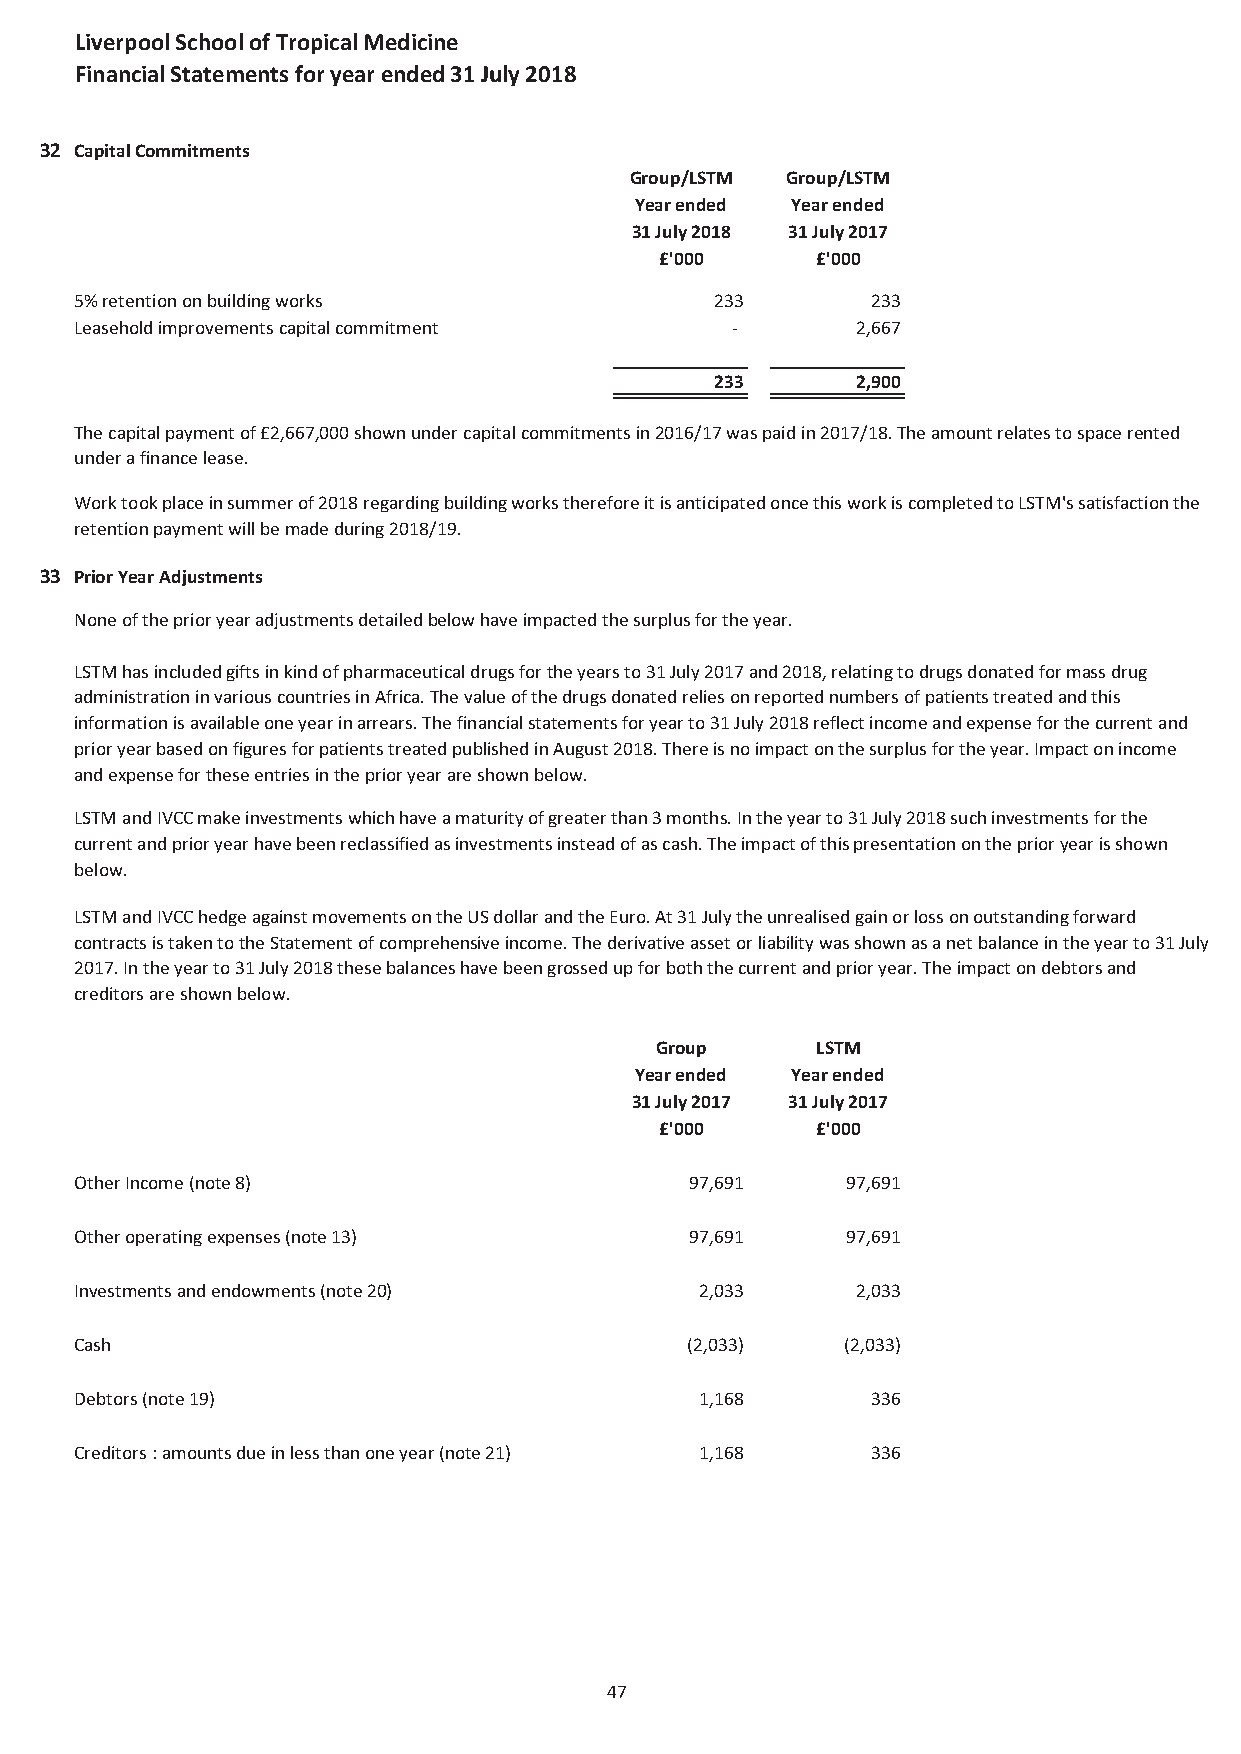
Liverpool School of Tropical Medicine
 Financial Statements for year ended 31 July 2018
 32 Capital Commitments
 Group/LSTM Group/LSTM
 Year ended Year ended
 31 July 2018 31 July 2017
 £'000     £'000
 5% retention on building works            233        233
 Leasehold improvements capital commitment  -        2,667
 233       2,900
 The capital payment of £2,667,000 shown under capital commitments in 2016/17 was paid in 2017/18. The amount relates to space rented
 under a finance lease.
 Work took place in summer of 2018 regarding building works therefore it is anticipated once this work is completed to LSTM's satisfaction the
 retention payment will be made during 2018/19.
 33 Prior Year Adjustments
 None of the prior year adjustments detailed below have impacted the surplus for the year.
 LSTM has included gifts in kind of pharmaceutical drugs for the years to 31 July 2017 and 2018, relating to drugs donated for mass drug
 administration in various countries in Africa. The value of the drugs donated relies on reported numbers of patients treated and this
 information is available one year in arrears. The financial statements for year to 31 July 2018 reflect income and expense for the current and
 prior year based on figures for patients treated published in August 2018. There is no impact on the surplus for the year. Impact on income
 and expense for these entries in the prior year are shown below.
 LSTM and IVCC make investments which have a maturity of greater than 3 months. In the year to 31 July 2018 such investments for the
 current and prior year have been reclassified as investments instead of as cash. The impact of this presentation on the prior year is shown
 below.
 LSTM and IVCC hedge against movements on the US dollar and the Euro. At 31 July the unrealised gain or loss on outstanding forward
 contracts is taken to the Statement of comprehensive income. The derivative asset or liability was shown as a net balance in the year to 31 July
 2017. In the year to 31 July 2018 these balances have been grossed up for both the current and prior year. The impact on debtors and
 creditors are shown below.
 Group      LSTM
 Year ended Year ended
 31 July 2017 31 July 2017
 £'000     £'000
 Other Income (note 8)                    97,691    97,691
 Other operating expenses (note 13)       97,691    97,691
 Investments and endowments (note 20)     2,033      2,033
 Cash                                    (2,033)    (2,033)
 Debtors (note 19)                        1,168       336
 Creditors : amounts due in less than one year (note 21) 1,168 336
 47